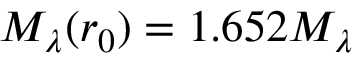
M _ { \lambda } ( r _ { 0 } ) = 1 . 6 5 2 M _ { \lambda }